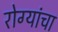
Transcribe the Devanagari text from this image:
रोग्यांचा